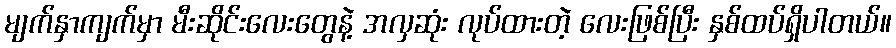
မျက်နှာကျက်မှာ မီးဆိုင်းလေးတွေနဲ့ အလှဆုံး လုပ်ထားတဲ့ လေးဖြစ်ပြီး နှစ်ထပ်ရှိပါတယ်။